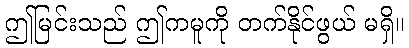
ဤမြင်းသည် ဤကမူကို တက်နိုင်ဖွယ် မရှိ။